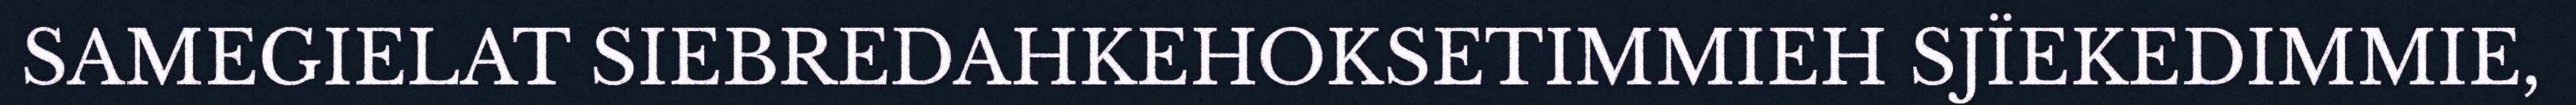
SAMEGIELAT SIEBREDAHKEHOKSETIMMIEH SJÏEKEDIMMIE,